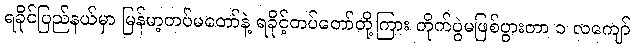
ရခိုင်ပြည်နယ်မှာ မြန်မာ့တပ်မတော်နဲ့ ရခိုင့်တပ်တော်တို့ကြား တိုက်ပွဲမဖြစ်ပွားတာ ၁ လကျော်